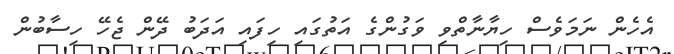
އެހެން ނަމަވެސް ހިޔާނާތްވި ވަގުންގެ އަތުގައި ހިފައި އަދަބު ދޭން ޖެހޭ ހިސާބުން